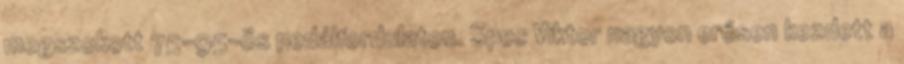
megszokott 75-95-ös pedálfordulaton. Spec Viktor nagyon erősen kezdett a